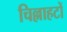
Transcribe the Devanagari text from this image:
चिल्लाहटों